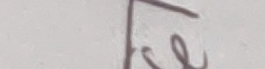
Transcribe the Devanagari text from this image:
टल